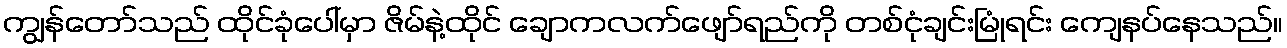
ကျွန်တော်သည် ထိုင်ခုံပေါ်မှာ ဇိမ်နဲ့ထိုင် ချောကလက်ဖျော်ရည်ကို တစ်ငုံချင်းမြုံရင်း ကျေနပ်နေသည်။